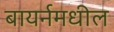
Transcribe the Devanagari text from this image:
बायर्नमधील